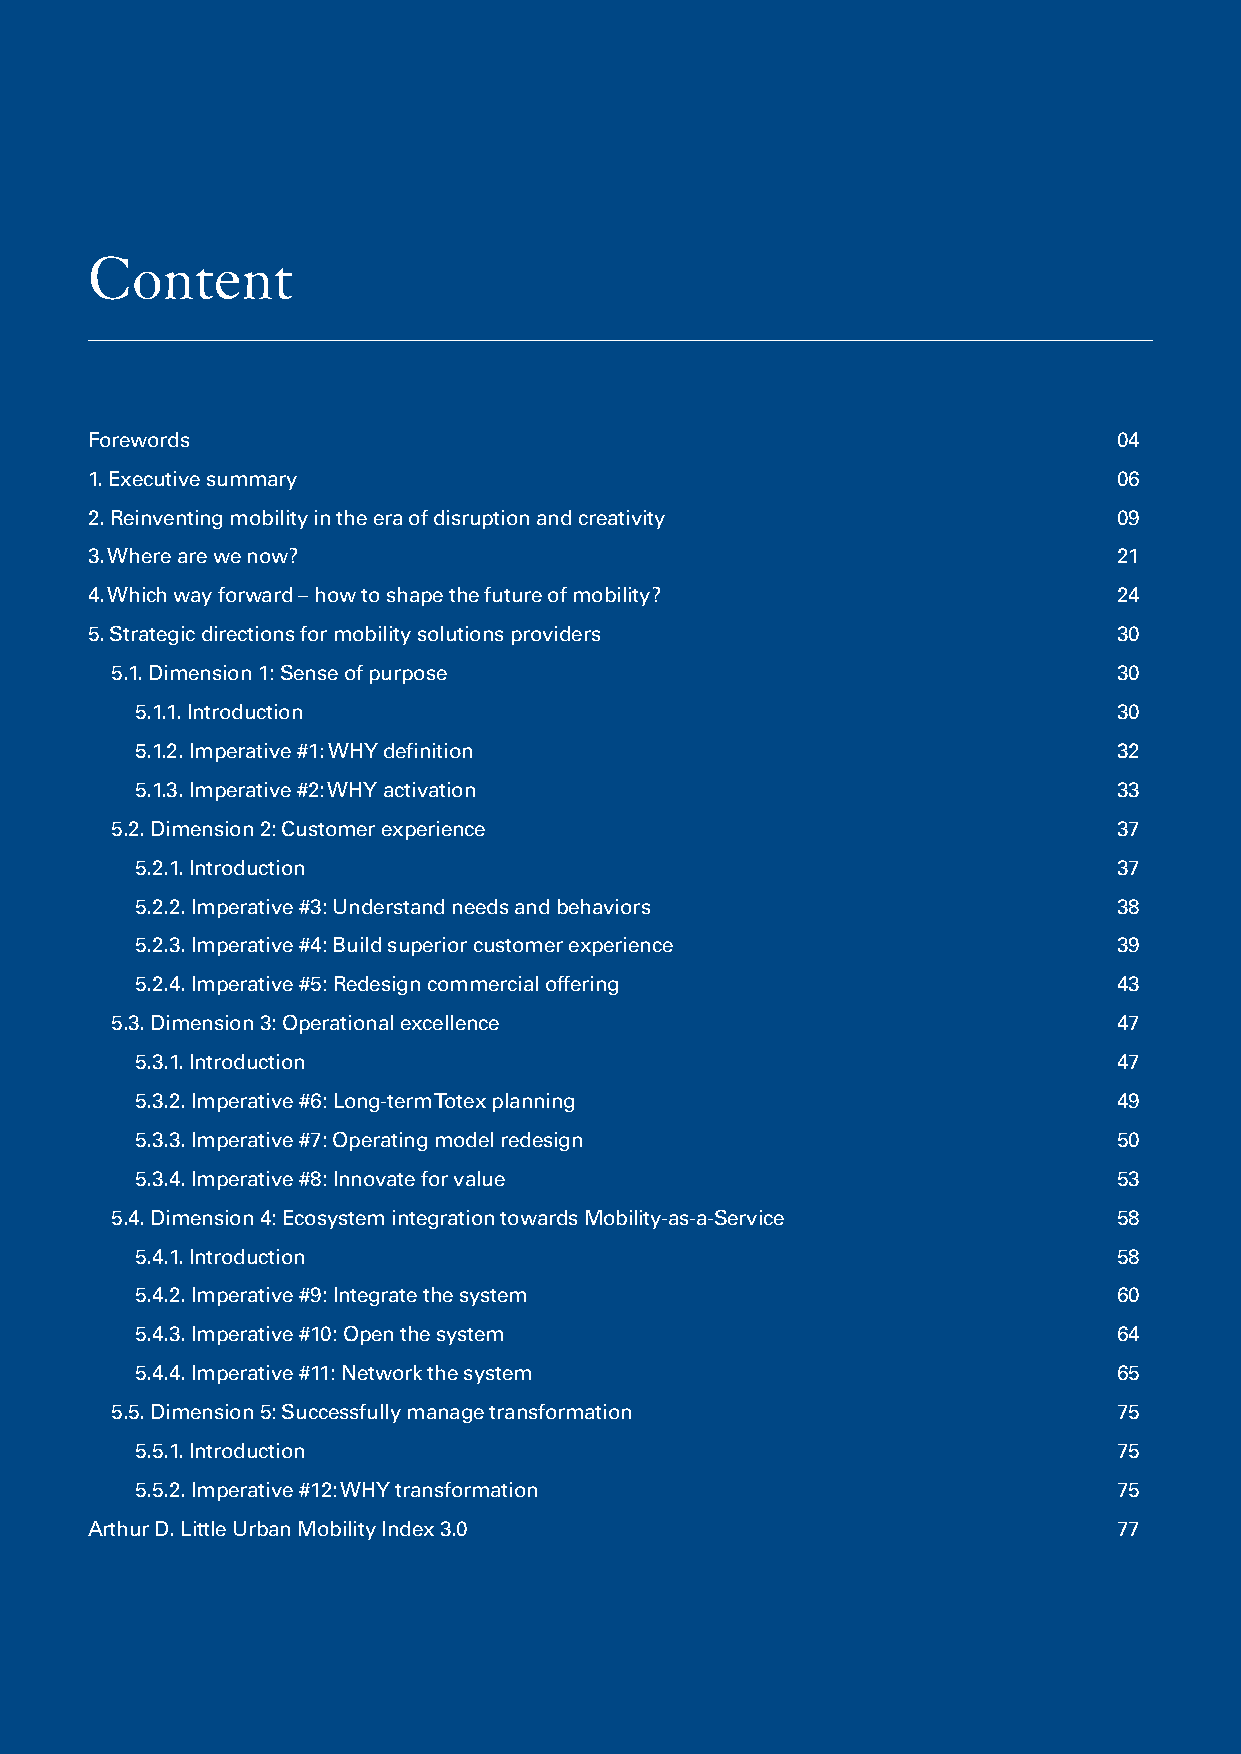
Content
 Forewords                                                           04
 1. Executive summary                                                06
 2. Reinventing mobility in the era of disruption and creativity     09
 3. Where are we now?                                                21
 4. Which way forward – how to shape the future of mobility?         24
 5. Strategic directions for mobility solutions providers            30
 5.1. Dimension 1: Sense of purpose                                 30
 5.1.1. Introduction                                              30
 5.1.2. Imperative #1: WHY definition                             32
 5.1.3. Imperative #2: WHY activation                             33
 5.2. Dimension 2: Customer experience                              37
 5.2.1. Introduction                                              37
 5.2.2. Imperative #3: Understand needs and behaviors             38
 5.2.3. Imperative #4: Build superior customer experience         39
 5.2.4. Imperative #5: Redesign commercial offering               43
 5.3. Dimension 3: Operational excellence                           47
 5.3.1. Introduction                                              47
 5.3.2. Imperative #6: Long-term Totex planning                   49
 5.3.3. Imperative #7: Operating model redesign                   50
 5.3.4. Imperative #8: Innovate for value                         53
 5.4. Dimension 4: Ecosystem integration towards Mobility-as-a-Service 58
 5.4.1. Introduction                                              58
 5.4.2. Imperative #9: Integrate the system                       60
 5.4.3. Imperative #10: Open the system                           64
 5.4.4. Imperative #11: Network the system                        65
 5.5. Dimension 5: Successfully manage transformation               75
 5.5.1. Introduction                                              75
 5.5.2. Imperative #12: WHY transformation                        75
 Arthur D. Little Urban Mobility Index 3.0                           77